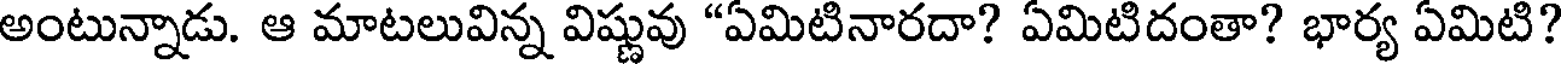
అంటున్నాడు. ఆ మాటలువిన్న విష్ణువు "ఏమిటినారదా? ఏమిటిదంతా? భార్య ఏమిటి?